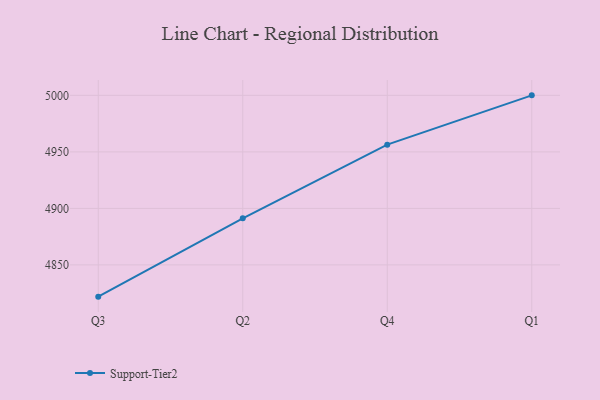
{"axis": {"x": "Quarter", "y": "Churn Rate (%)"}, "legend": ["Support-Tier2"], "data": [{"x": "Q3", "y": 4821.9, "type": "Support-Tier2"}, {"x": "Q2", "y": 4891.2, "type": "Support-Tier2"}, {"x": "Q4", "y": 4956.4, "type": "Support-Tier2"}, {"x": "Q1", "y": 5000, "type": "Support-Tier2"}]}